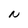
Character: N